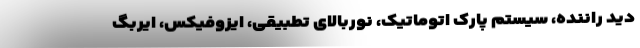
دید راننده، سیستم پارک اتوماتیک، نوربالای تطبیقی، ایزوفیکس، ایربگ